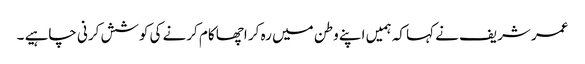
عمر شریف نے کہا کہ ہمیں اپنے وطن میں رہ کر اچھا کام کرنے کی کوشش کرنی چاہیے ۔